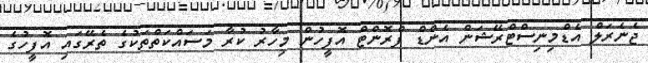
ޖެނެރަލް އެޑްމިނިސްޓްރޭޝަން އެންޑް ފްރޮންޓް އޮފީހުން މިހާރު ކުރާ މަސައްކަތްތަކުގެ ތެރޭގައި އޮފީހުގެ